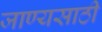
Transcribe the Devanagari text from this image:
जाण्यसाठी